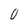
Character: 0